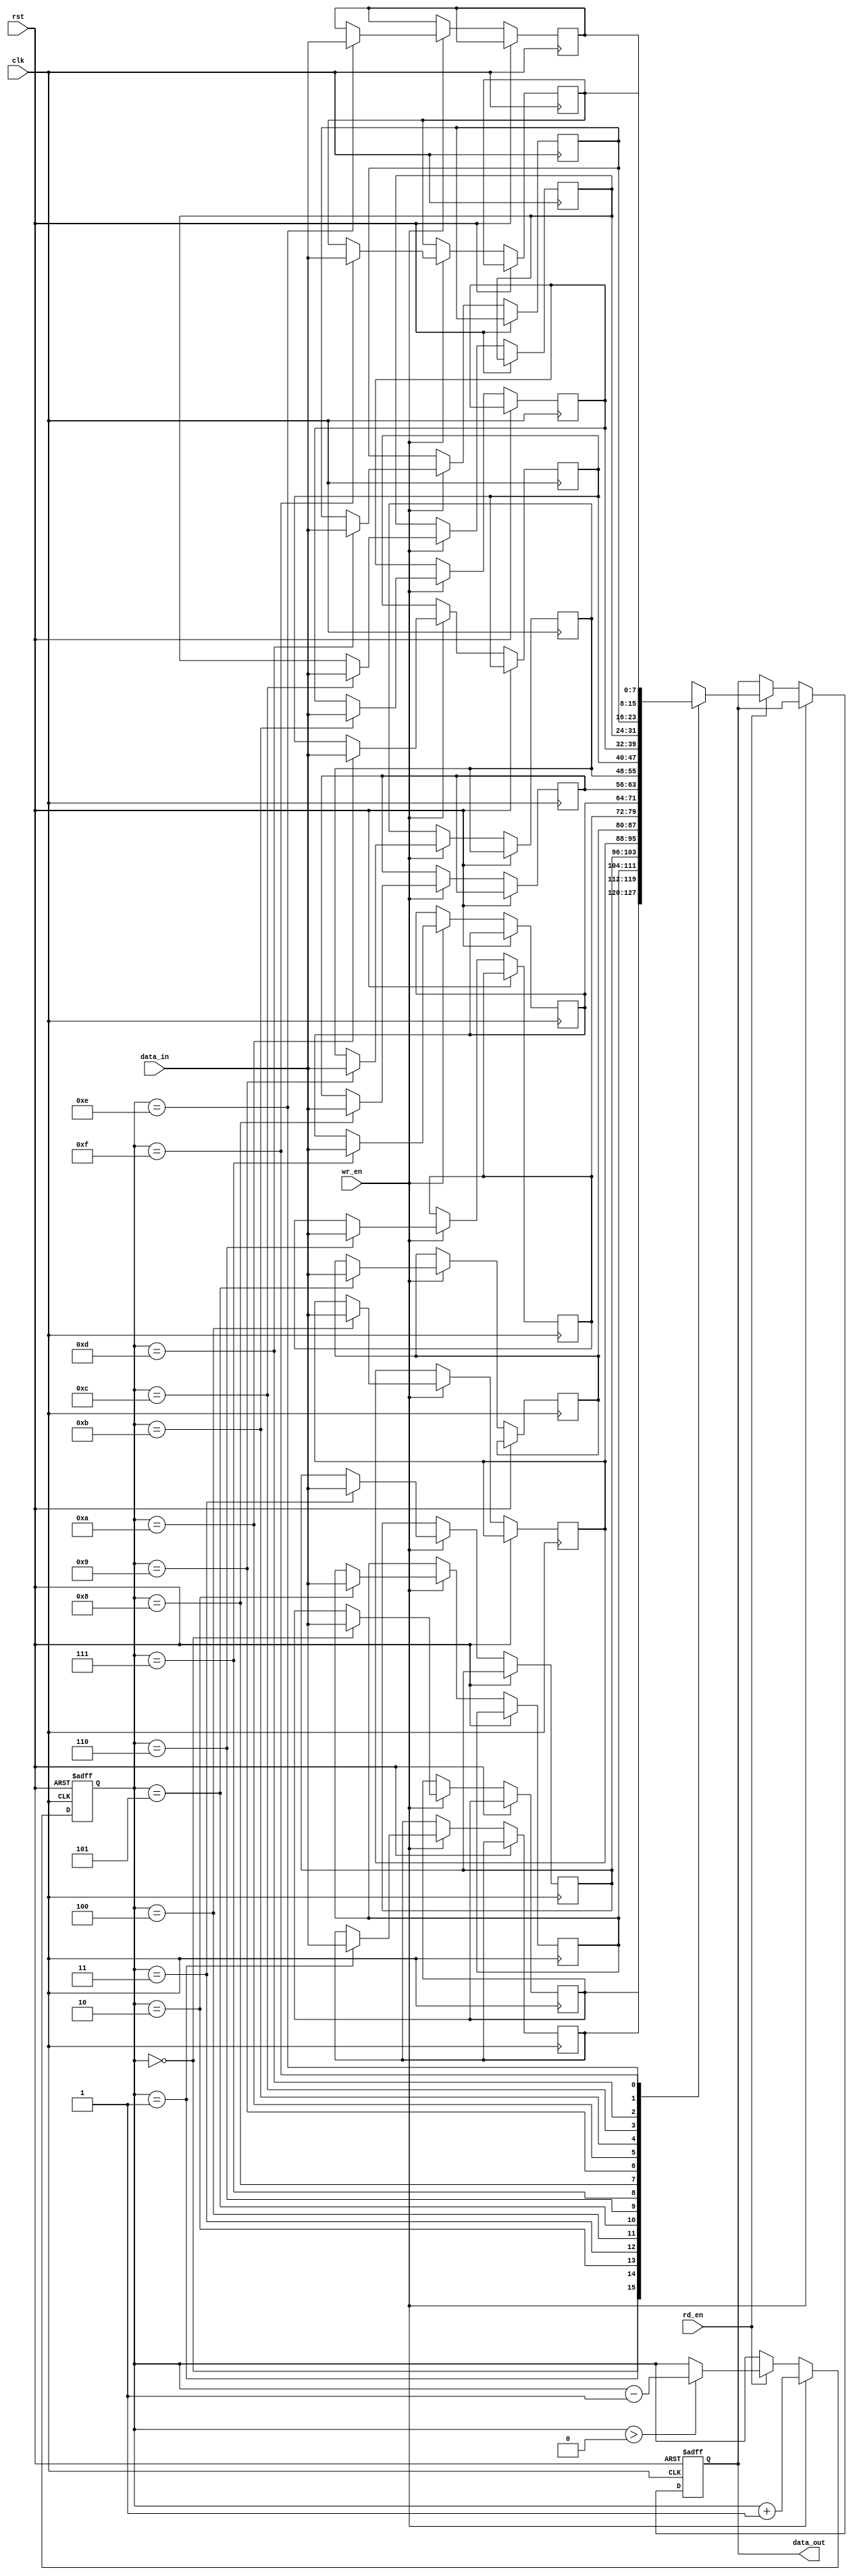
module memory_block_stack (
  input wire clk,
  input wire rst,
  input wire wr_en,
  input wire rd_en,
  input wire [7:0] data_in,
  output reg [7:0] data_out
);

reg [7:0] memory [0:15]; // Assuming 16 memory blocks with 8-bit data entries
reg [3:0] top; // Pointer to the top of the stack

always @(posedge clk or posedge rst) begin
  if (rst) begin
    top <= 4'd0; // Reset the top of the stack
    data_out <= 8'd0; // Reset the data out
  end
  else begin
    if (wr_en) begin
      memory[top] <= data_in; // Write data to the top of the stack
      top <= top + 4'd1; // Increment the top pointer
    end
    else if (rd_en) begin
      if (top > 4'd0) begin // If stack is not empty
        top <= top - 4'd1; // Decrement the top pointer
      end
      data_out <= memory[top]; // Read data from the top of the stack
    end
  end
end

endmodule